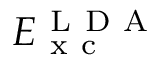
E _ { \mathrm { ~ x ~ c ~ } } ^ { \mathrm { ~ L ~ D ~ A ~ } }